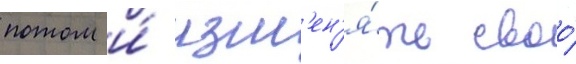
потом и́ изм'ен'я́ть своо́